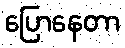
ပြောနေတာ